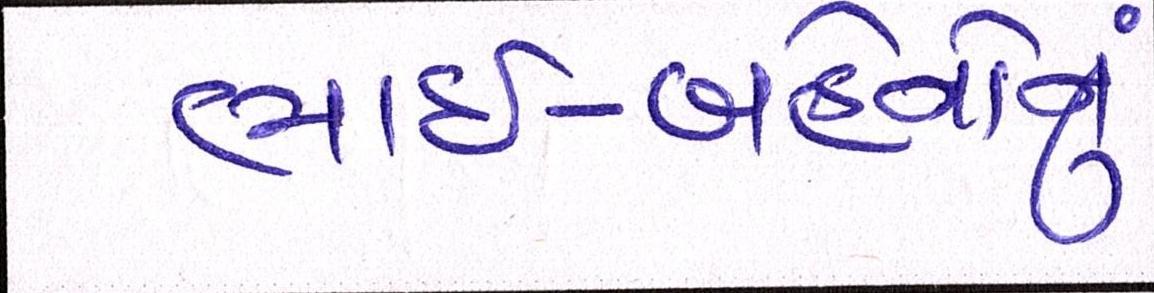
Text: ભાઈ-બહેનોનું